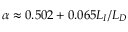
\alpha \approx 0 . 5 0 2 + 0 . 0 6 5 L _ { I } / L _ { D }